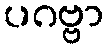
ပဂဗ္ဗာ